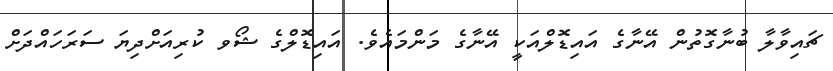
ޗައިވާލާ ބުނާގޮތުން އޭނާގެ އައިޑޮލްއަކީ އޭނާގެ މަންމައެވެ. އައިޑޮލްގެ ޝޯވ ކުރިއަށްދިޔަ ސަރަހައްދަށް